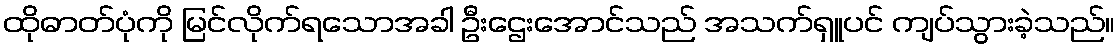
ထိုဓာတ်ပုံကို မြင်လိုက်ရသောအခါ ဦးဌေးအောင်သည် အသက်ရှူပင် ကျပ်သွားခဲ့သည်။